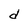
Character: d